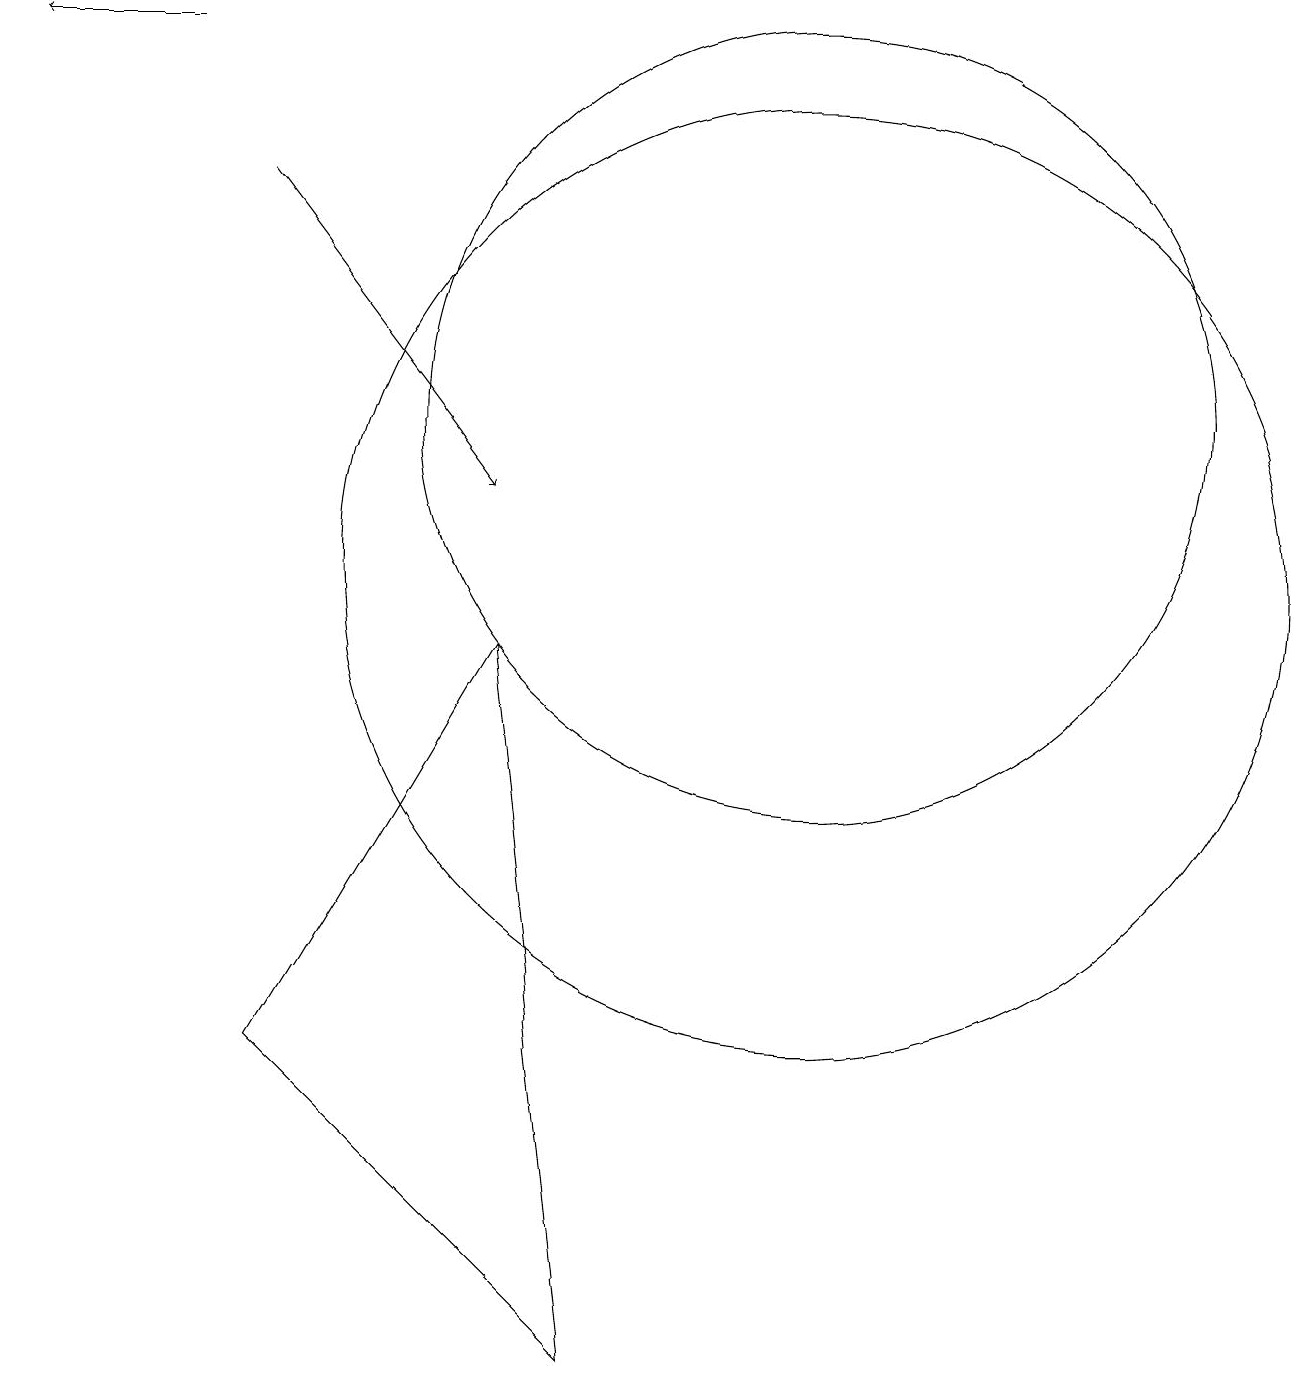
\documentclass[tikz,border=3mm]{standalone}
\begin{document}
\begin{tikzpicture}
\draw[->] (3,17) -- (1,17);
\draw (8,0) -- (4,4) -- (7,9) -- cycle;
\draw (11,10) circle (6);
\draw[->] (4,15) -- (7,11);
\draw (11,12) circle (5);
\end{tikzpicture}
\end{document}